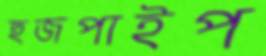
হুজপাইপ